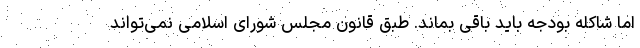
اما شاکله بودجه باید باقی بماند. طبق قانون مجلس شورای اسلامی نمی‌تواند